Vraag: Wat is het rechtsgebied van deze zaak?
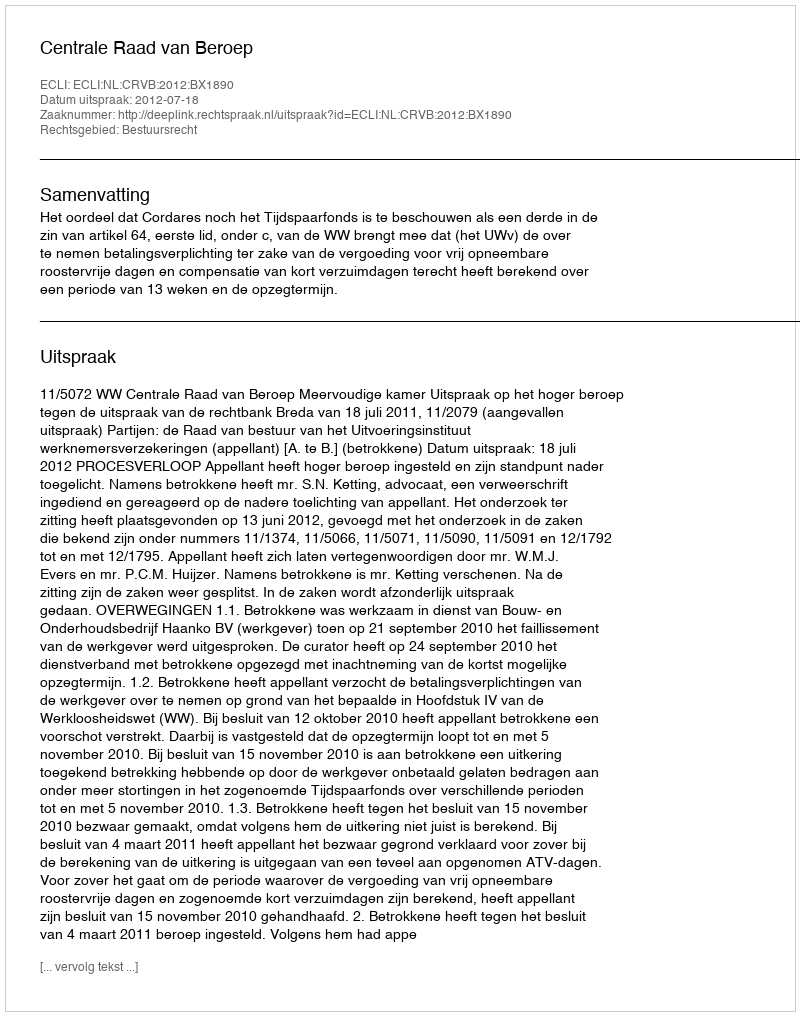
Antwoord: Bestuursrecht